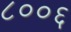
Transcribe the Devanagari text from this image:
८००६